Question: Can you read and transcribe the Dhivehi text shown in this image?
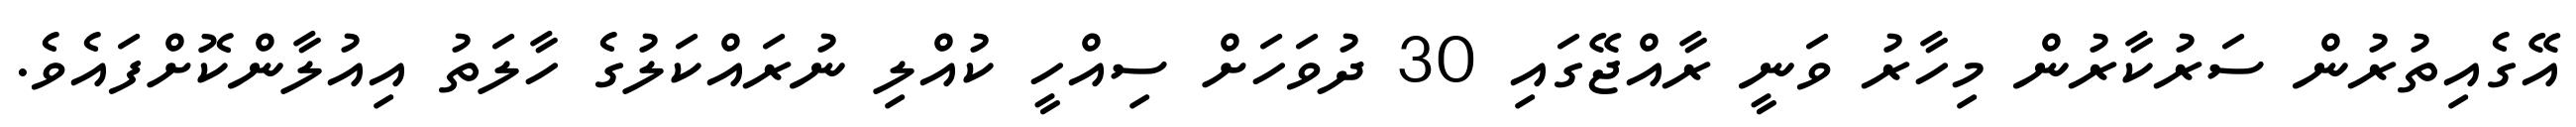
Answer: އޭގެއިތުރުން ސަރުކާރުން މިހާރު ވަނީ ރާއްޖޭގައި 30 ދުވަހަށް ސިއްހީ ކުއްލި ނުރައްކަލުގެ ހާލަތު އިއުލާންކޮށްފައެވެ.